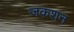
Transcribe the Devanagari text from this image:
जकशन